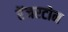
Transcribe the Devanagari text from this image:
रेंजरटोन